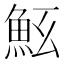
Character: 𩵷